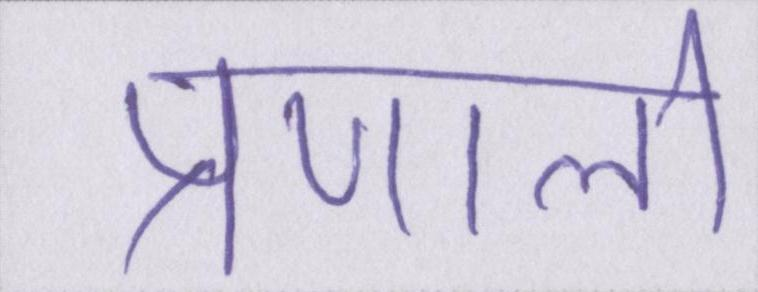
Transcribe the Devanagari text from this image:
प्रणाली